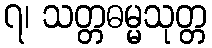
၇၊ သတ္တဓမ္မသုတ္တ